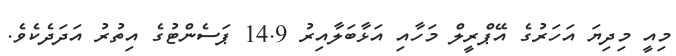
މިއީ މިދިޔަ އަހަރުގެ އޭޕްރީލް މަހާއި އަޅާބަލާއިރު 14.9 ޕަސެންޓުގެ އިތުރު އަދަދެކެވެ.